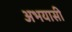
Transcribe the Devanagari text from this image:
अभयासी